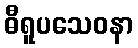
ဓီရူပသေဝနာ